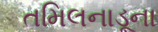
તમિલનાડૂના